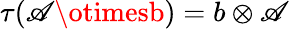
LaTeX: \tau(\mathscr{A}\otimesb)=b\otimes\mathscr{A}